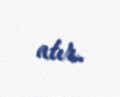
atır.